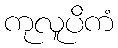
ကုလူပိကံ